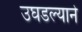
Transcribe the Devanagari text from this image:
उघडल्याने